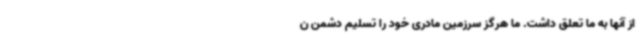
از آنها به ما تعلق داشت. ما هرگز سرزمین مادری خود را تسلیم دشمن ن